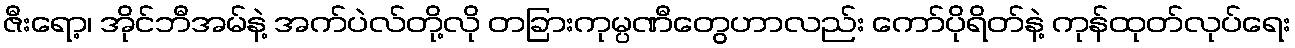
ဇီးရော့၊ အိုင်ဘီအမ်နဲ့ အက်ပဲလ်တို့လို တခြားကုမ္ပဏီတွေဟာလည်း ကော်ပိုရိတ်နဲ့ ကုန်ထုတ်လုပ်ရေး